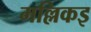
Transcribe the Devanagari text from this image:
मल्लिकइ